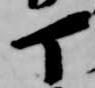
丁